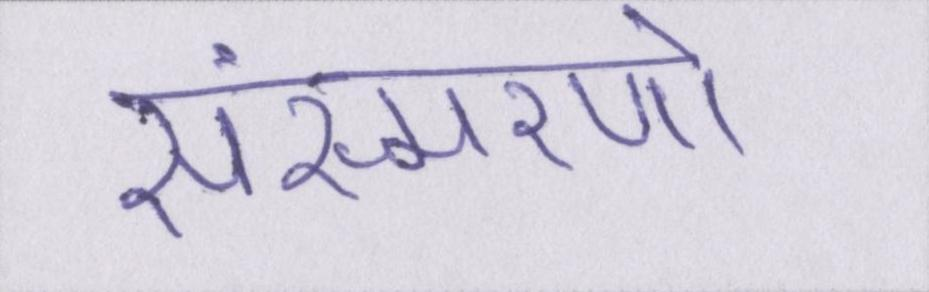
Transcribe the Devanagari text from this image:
संस्मरणो